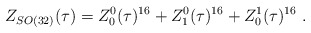
\begin{align*}Z_{SO(32)}(\tau) = Z^0_0(\tau)^{16}+Z^0_1(\tau)^{16}+Z^1_0(\tau)^{16}\ .\end{align*}